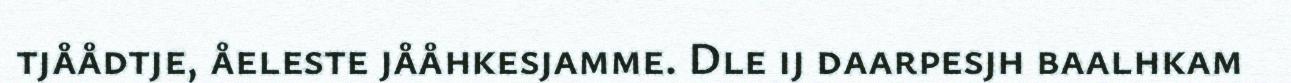
tjåådtje, åeleste jååhkesjamme. Dle ij daarpesjh baalhkam